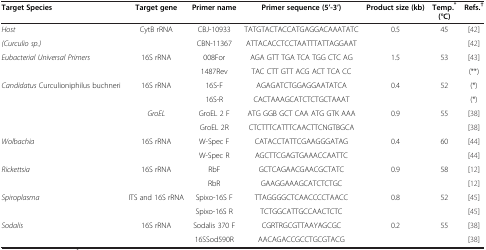
<table><thead><tr><td><b>Target Species</b></td><td><b>Target gene</b></td><td><b>Primer name</b></td><td><b>Primer sequence (5’-3’)</b></td><td><b>Product size (kb)</b></td><td><b>Temp.<sup>*</sup>(°C)</b></td><td><b>Refs.<sup>†</sup></b></td></tr></thead><tbody><tr><td><i>Host</i></td><td>CytB rRNA</td><td>CBJ-10933</td><td>TATGTACTACCATGAGGACAAATATC</td><td>0.5</td><td>45</td><td>[42]</td></tr><tr><td><i>(Curculio sp.)</i></td><td> </td><td>CBN-11367</td><td>ATTACACCTCCTAATTTATTAGGAAT</td><td> </td><td> </td><td>[42]</td></tr><tr><td><i>Eubacterial Universal Primers</i></td><td>16S rRNA</td><td>008For</td><td>AGA GTT TGA TCA TGG CTC AG</td><td>1.5</td><td>53</td><td>[43]</td></tr><tr><td> </td><td> </td><td>1487Rev</td><td>TAC CTT GTT ACG ACT TCA CC</td><td> </td><td> </td><td>(**)</td></tr><tr><td><i>Candidatus</i> Curculioniphilus buchneri</td><td>16S rRNA</td><td>16S-F</td><td>AGAGATCTGGAGGAATATCA</td><td>0.4</td><td>52</td><td>(*)</td></tr><tr><td> </td><td> </td><td>16S-R</td><td>CACTAAAGCATCTCTGCTAAAT</td><td> </td><td> </td><td>(*)</td></tr><tr><td> </td><td><i>GroEL</i></td><td>GroEL 2 F</td><td>ATG GGB GCT CAA ATG GTK AAA</td><td>0.9</td><td>55</td><td>[38]</td></tr><tr><td> </td><td> </td><td>GroEL 2R</td><td>CTCTTTCATTTCAACTTCNGTBGCA</td><td> </td><td> </td><td>[38]</td></tr><tr><td><i>Wolbachia</i></td><td>16S rRNA</td><td>W-Spec F</td><td>CATACCTATTCGAAGGGATAG</td><td>0.4</td><td>60</td><td>[44]</td></tr><tr><td> </td><td> </td><td>W-Spec R</td><td>AGCTTCGAGTGAAACCAATTC</td><td> </td><td> </td><td>[44]</td></tr><tr><td><i>Rickettsia</i></td><td>16S rRNA</td><td>RbF</td><td>GCTCAGAACGAACGCTATC</td><td>0.9</td><td>58</td><td>[12]</td></tr><tr><td> </td><td> </td><td>RbR</td><td>GAAGGAAAGCATCTCTGC</td><td> </td><td> </td><td>[12]</td></tr><tr><td><i>Spiroplasma</i></td><td>ITS and 16S rRNA</td><td>Spixo-16S F</td><td>TTAGGGGCTCAACCCCTAACC</td><td>0.8</td><td>52</td><td>[45]</td></tr><tr><td> </td><td> </td><td>Spixo-16S R</td><td>TCTGGCATTGCCAACTCTC</td><td> </td><td> </td><td>[45]</td></tr><tr><td><i>Sodalis</i></td><td>16S rRNA</td><td>Sodalis 370 F</td><td>CGRTRGCGTTAAYAGCGC</td><td>0.2</td><td>55</td><td>[38]</td></tr><tr><td> </td><td> </td><td>16SSod590R</td><td>AACAGACCGCCTGCGTACG</td><td> </td><td> </td><td>[38]</td></tr></tbody></table>